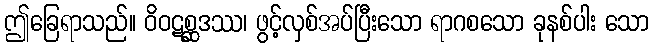
ဤခြေရာသည်။ ဝိဝဋစ္ဆဒဿ၊ ဖွင့်လှစ်အပ်ပြီးသော ရာဂစသော ခုနစ်ပါး သော